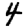
Digit: 4